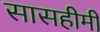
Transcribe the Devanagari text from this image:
सासहीमी